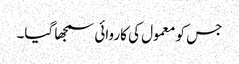
جس کو معمول کی کاروائی سمجھا گیا۔